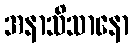
အနာသိသာနော